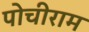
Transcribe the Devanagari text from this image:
पोचीराम